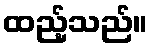
ထည့်သည်။